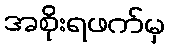
အစိုးရဖက်မှ